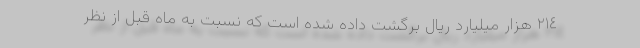
٢١٤ هزار میلیارد ریال برگشت داده شده است که نسبت به ماه قبل از نظر